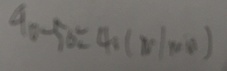
9 0 - 5 0 = 4 0 ( m / \min )